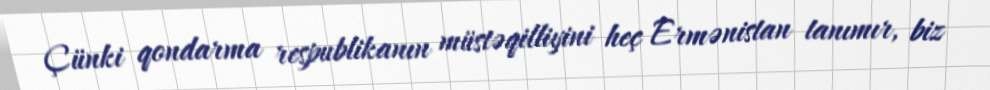
Çünki qondarma respublikanın müstəqilliyini heç Ermənistan tanımır, biz